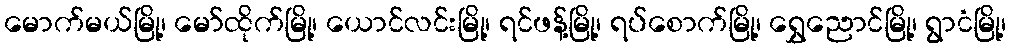
မောက်မယ်မြို့၊ မော်ထိုက်မြို့၊ ယောင်လင်းမြို့၊ ရင်ဖန့်မြို့၊ ရပ်စောက်မြို့၊ ရွှေညောင်မြို့၊ ရွာငံမြို့၊